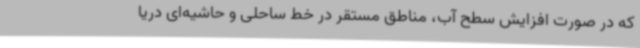
که در صورت افزایش سطح آب، مناطق مستقر در خط ساحلی و حاشیه‌ای دریا